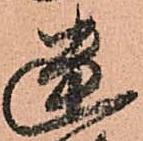
幽